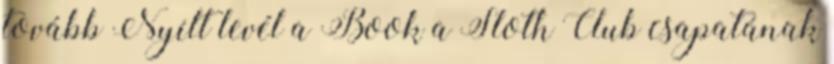
tovább Nyílt levél a Book a Sloth Club csapatának